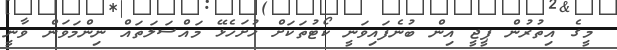
މީގެ އިތުރުން ޕީޖީ އިން ބުނެފައިވަނީ ކޯޓުތަކަށް ހުށަހެޅޭ މައްސަލަތައް ނިންމަވަން ވާނީ